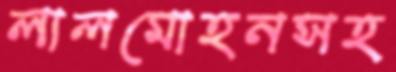
লালমোহনসহ